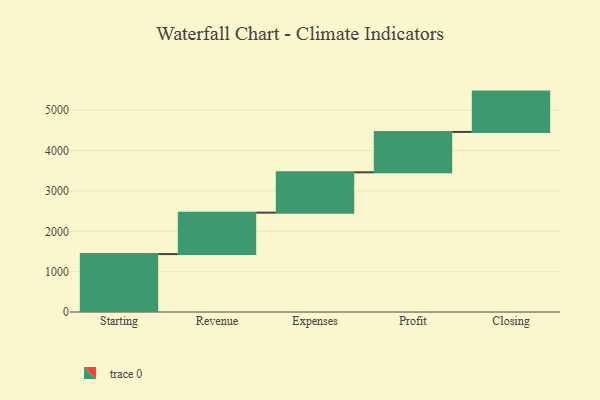
{"axis": {"x": "Step", "y": "Value"}, "legend": [""], "data": [{"x": "Starting", "y": 1436.0, "type": ""}, {"x": "Revenue", "y": 1027.0, "type": ""}, {"x": "Expenses", "y": 1000, "type": ""}, {"x": "Profit", "y": 1000, "type": ""}, {"x": "Closing", "y": 1000, "type": ""}]}